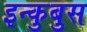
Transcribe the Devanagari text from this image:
इन्कुबुस